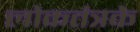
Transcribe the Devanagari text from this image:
लोकतंत्रके